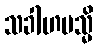
သခါဟမသ္မိ